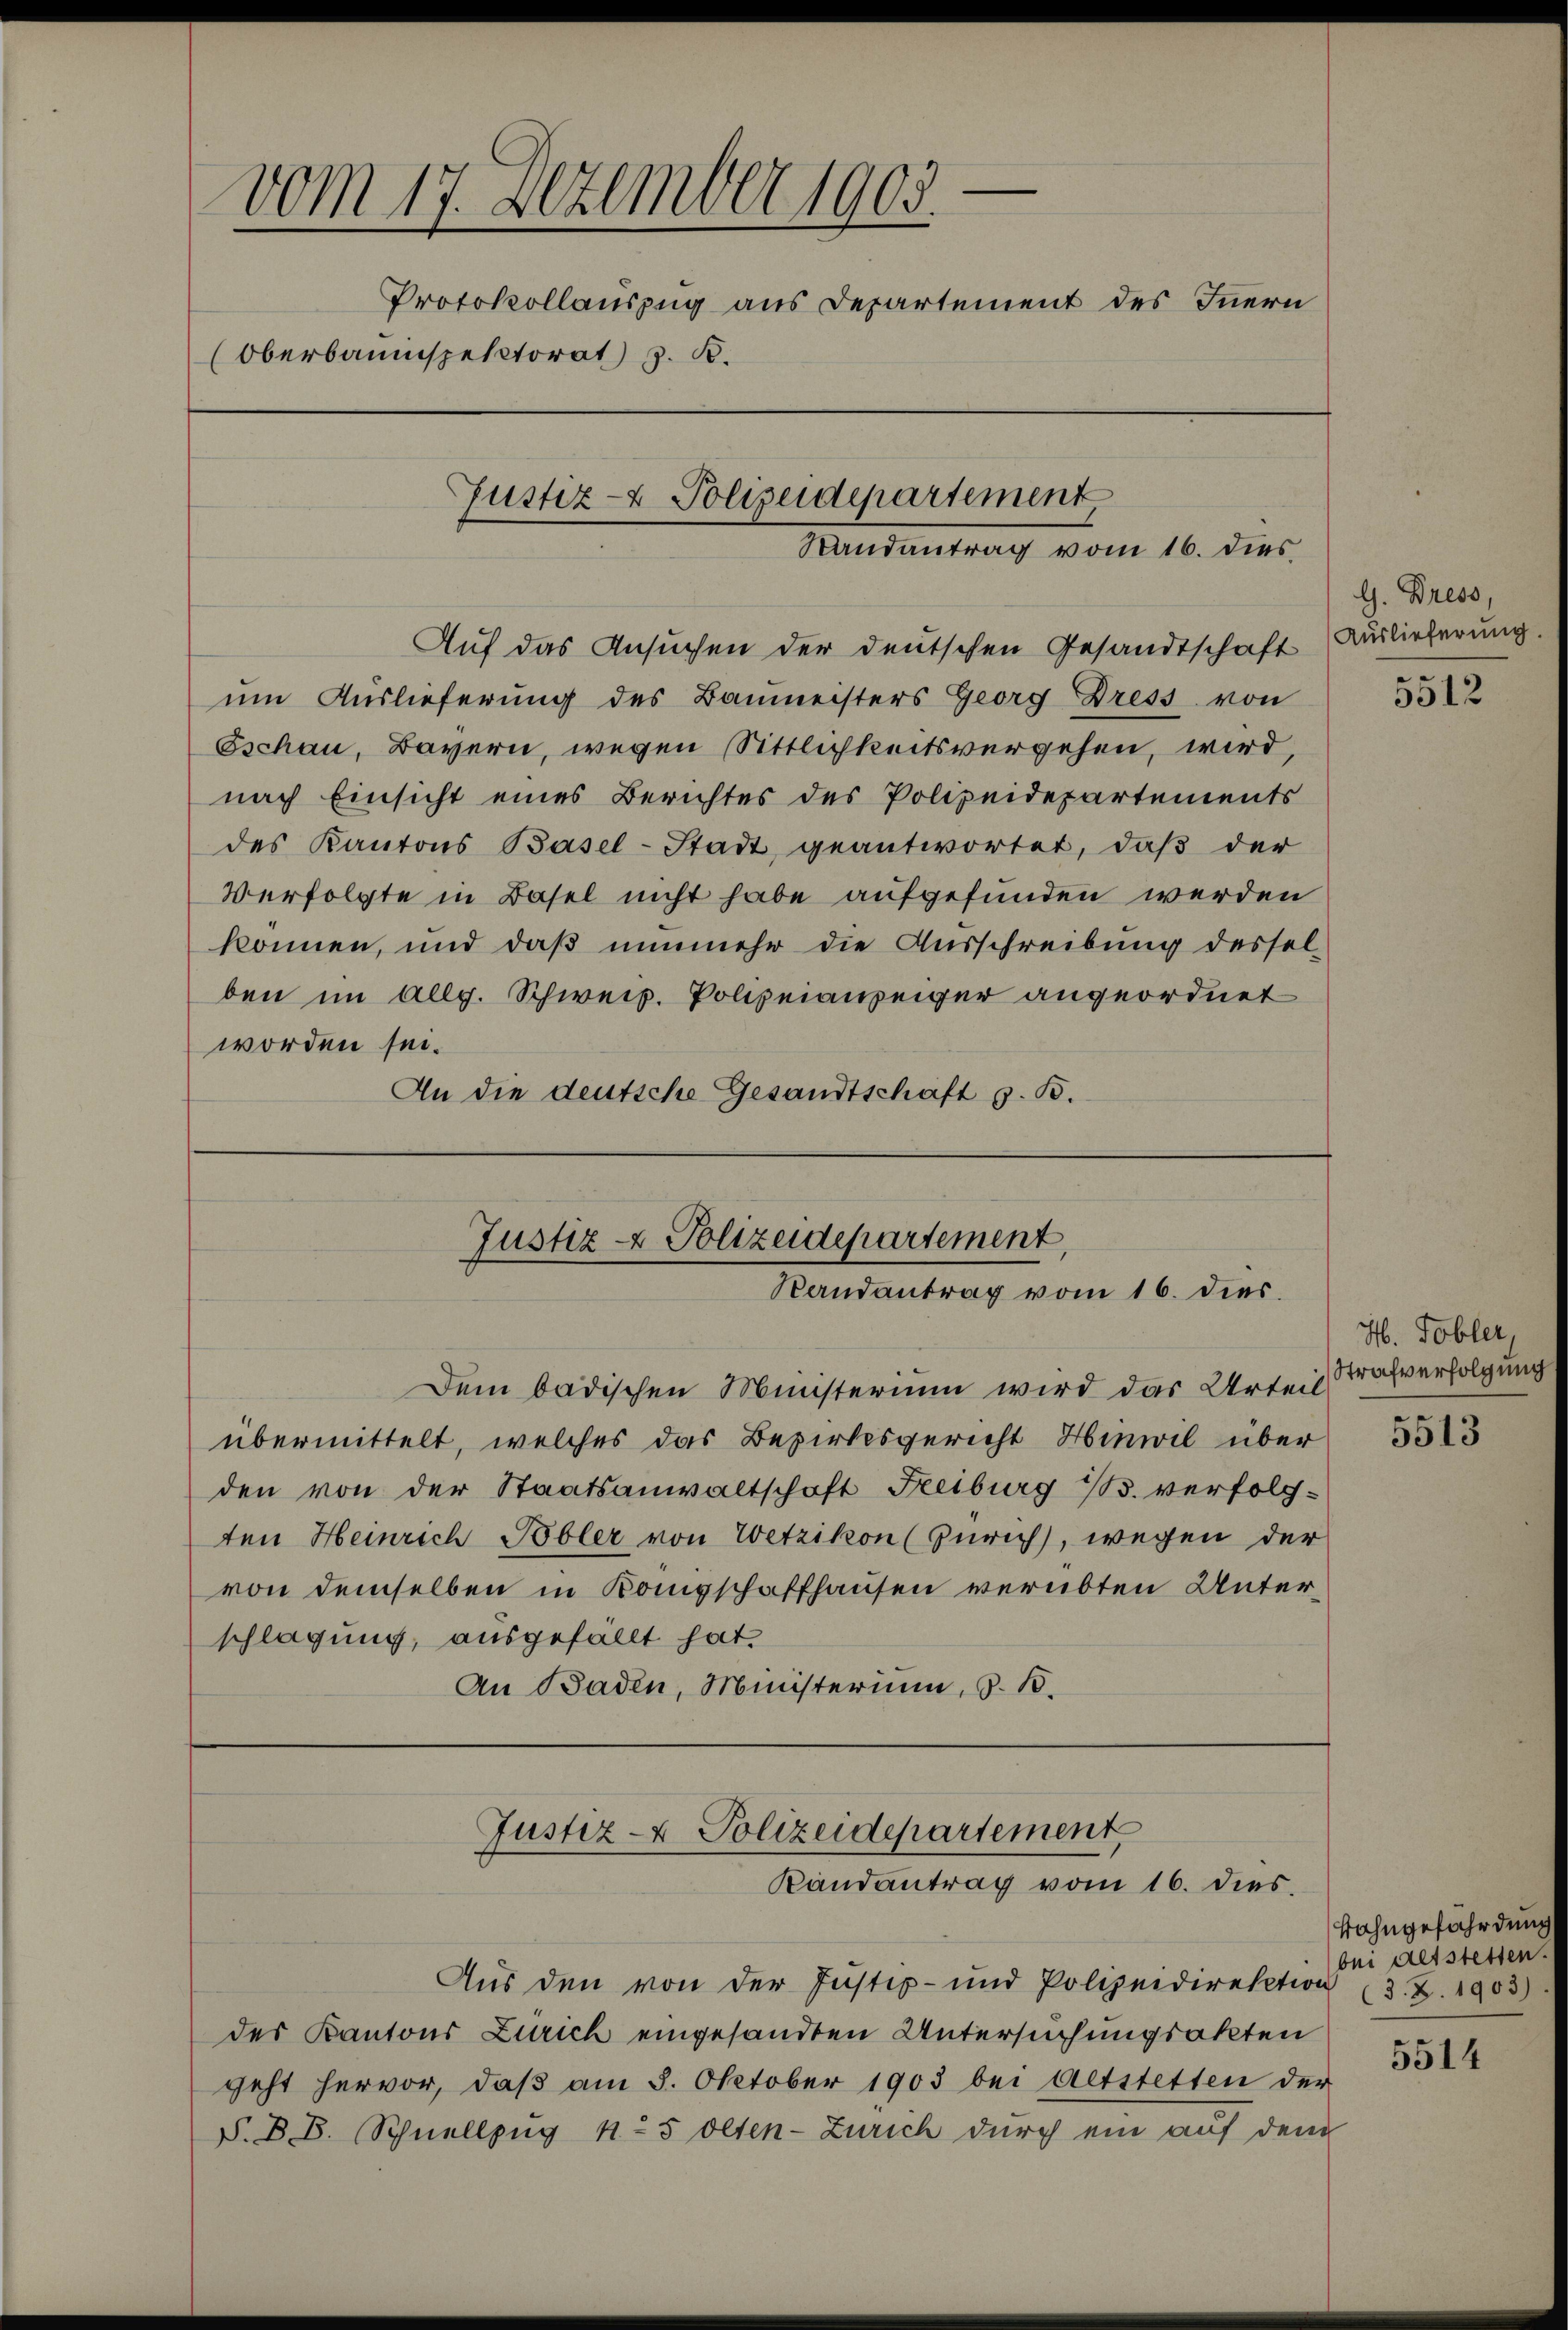
—
vom 17. Dezember 1903.
Protokollauszug aus Departement des Innern
(Oberbauinspektorat J. R.
Justiz- & Polizeidepartement
Randantrag vom 16. dies

Auf das Ansuchen der deutschen Gesandtschaft (Auslieferung.
um Auslieferung des Baumeisters Georg Dress von
Ischau, Bayern, wegen Sittlichkeitsvergehen, wird,
nach Einsicht eines Berichtes des Polizeidepartements
des Kantons Basel-Stadt geantwortet, daβ der
Verfolgte in Basel nicht habe aufgefunden werden
können, und daß nunmehr die Ausschreibung dessel-
ben im allg. Schweiz. Polizeiauseiger angeordnet
worden sei.
An die deutsche Gesandtschaft z. B.

Justiz- & Polizeidepartement
Randantrag vom 16. dies

Dem badischen Ministerium wird das Urteil
übermittelt, welches das Bezirksgericht Hinwil über
den von der Staatsanwaltschaft Freiburg M. verfolg-
ten Heinrich Tobler von Wetzikon (Zürich), wegen der
von demselben in Königschaffhausen verübten Unterschlagung, ausgefällt hat.
An Baden, Ministerium, S. B.

Justiz- & Polizeidepartement
Randantrag vom 16. dies

Aus den von der Justiz- und Polizeidirektion (3. Z. 1903)
des Kantons Zürich eingesandten Untersuchungsakten
geht hervor, daß am 5. Oktober 1903 bei Altstetten der
P. B. B. Schnellzug 15 Olten-Zürich durch ein auf dem

G. Bress,

5512

H. Tobler,
Strafverfolgung

5513

Bahngefährdung
bei Altstetten.

5514